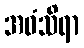
အဝံသိရာ